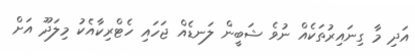
އަދި މާ ގިނައިރުތަކެއް ނުވެ ޝަބީން ލަނޑެއް ޖަހައި ހެޓްރިކާއެކު މިލަދޫ އަށް